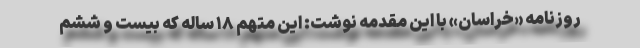
روزنامه «خراسان» با این مقدمه نوشت: این متهم ۱۸ ساله که بیست و ششم